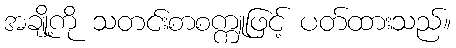
အချို့ကို သတင်းစာစက္ကူဖြင့် ပတ်ထားသည်။